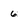
Character: 6